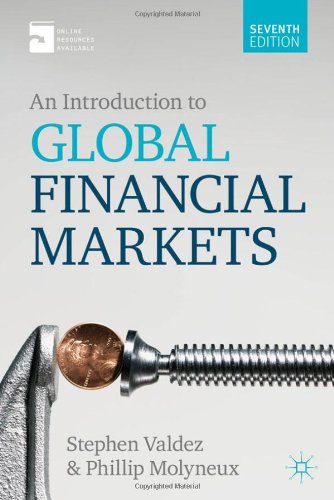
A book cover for An Introduction to Global Financial Markets; Stephen Valdez; Business & Money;